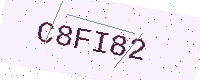
Text: C8FI82